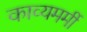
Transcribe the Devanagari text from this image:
काव्यमर्मी